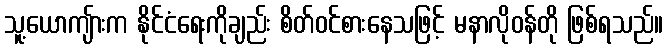
သူ့ယောကျ်ားက နိုင်ငံရေးကိုချည်း စိတ်ဝင်စားနေသဖြင့် မနာလိုဝန်တို ဖြစ်ရသည်။